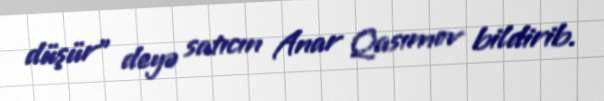
düşür” deyə satıcın Anar Qasımov bildirib.